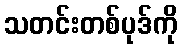
သတင်းတစ်ပုဒ်ကို